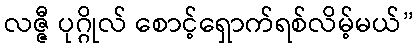
လဇ္ဇီ ပုဂ္ဂိုလ် စောင့်ရှောက်ရစ်လိမ့်မယ်”